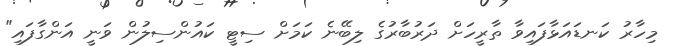
މިހާރު ކަނޑައަޅާފައިވާ ތާރީހަށް ދަރުބާރުގެ ލިބޭނެ ކަމަށް ސިޓީ ކައުންސިލުން ވަނީ އަންގާފައި"